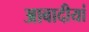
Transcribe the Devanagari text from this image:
आबादीयां